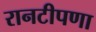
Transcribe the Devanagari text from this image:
रानटीपणा